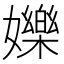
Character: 㜰